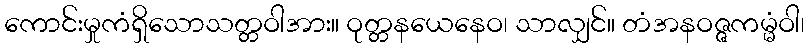
ကောင်းမှုကံရှိသောသတ္တဝါအား။ ဝုတ္တနယေနေဝ၊ သာလျှင်။ တံအနဝဇ္ဇကမ္မံဝါ၊